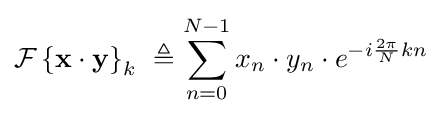
{\mathcal {F}}\left\{\mathbf {x\cdot y} \right\}_{k}\ \triangleq \sum _{n=0}^{N-1}x_{n}\cdot y_{n}\cdot e^{-i{\frac {2\pi }{N}}kn}